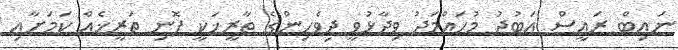
ނައިބް ރައީސް އަބުދު މުހައްމަދު ވިދާޅުވީ ދިވެހިންގެ ތާރީޚަކީ ފޮނި ތަރީޚެއް ކަމަށާއި